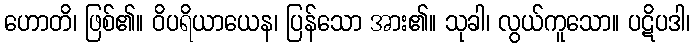
ဟောတိ၊ ဖြစ်၏။ ဝိပရိယာယေန၊ ပြန်သော အား၏။ သုခါ၊ လွယ်ကူသော။ ပဋိပဒါ၊